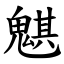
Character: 魌